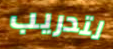
لتدريب